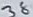
Text: 38